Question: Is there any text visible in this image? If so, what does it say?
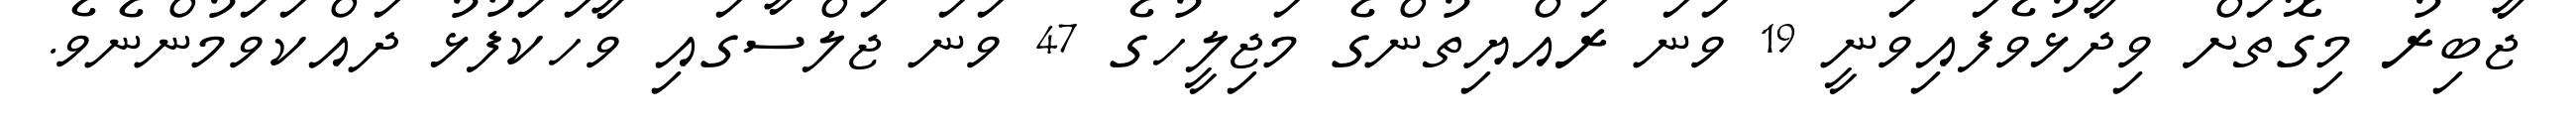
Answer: ޖާބިރު މިގޮތަށް ވިދާޅުވެފައިވަނީ 19 ވަނަ ރައްޔިތުންގެ މަޖިލީހުގެ 47 ވަނަ ޖަލްސާގައި ވާހަކަފުޅު ދައްކަވަމުންނެވެ.